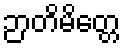
ဉာတိမိတ္တေ